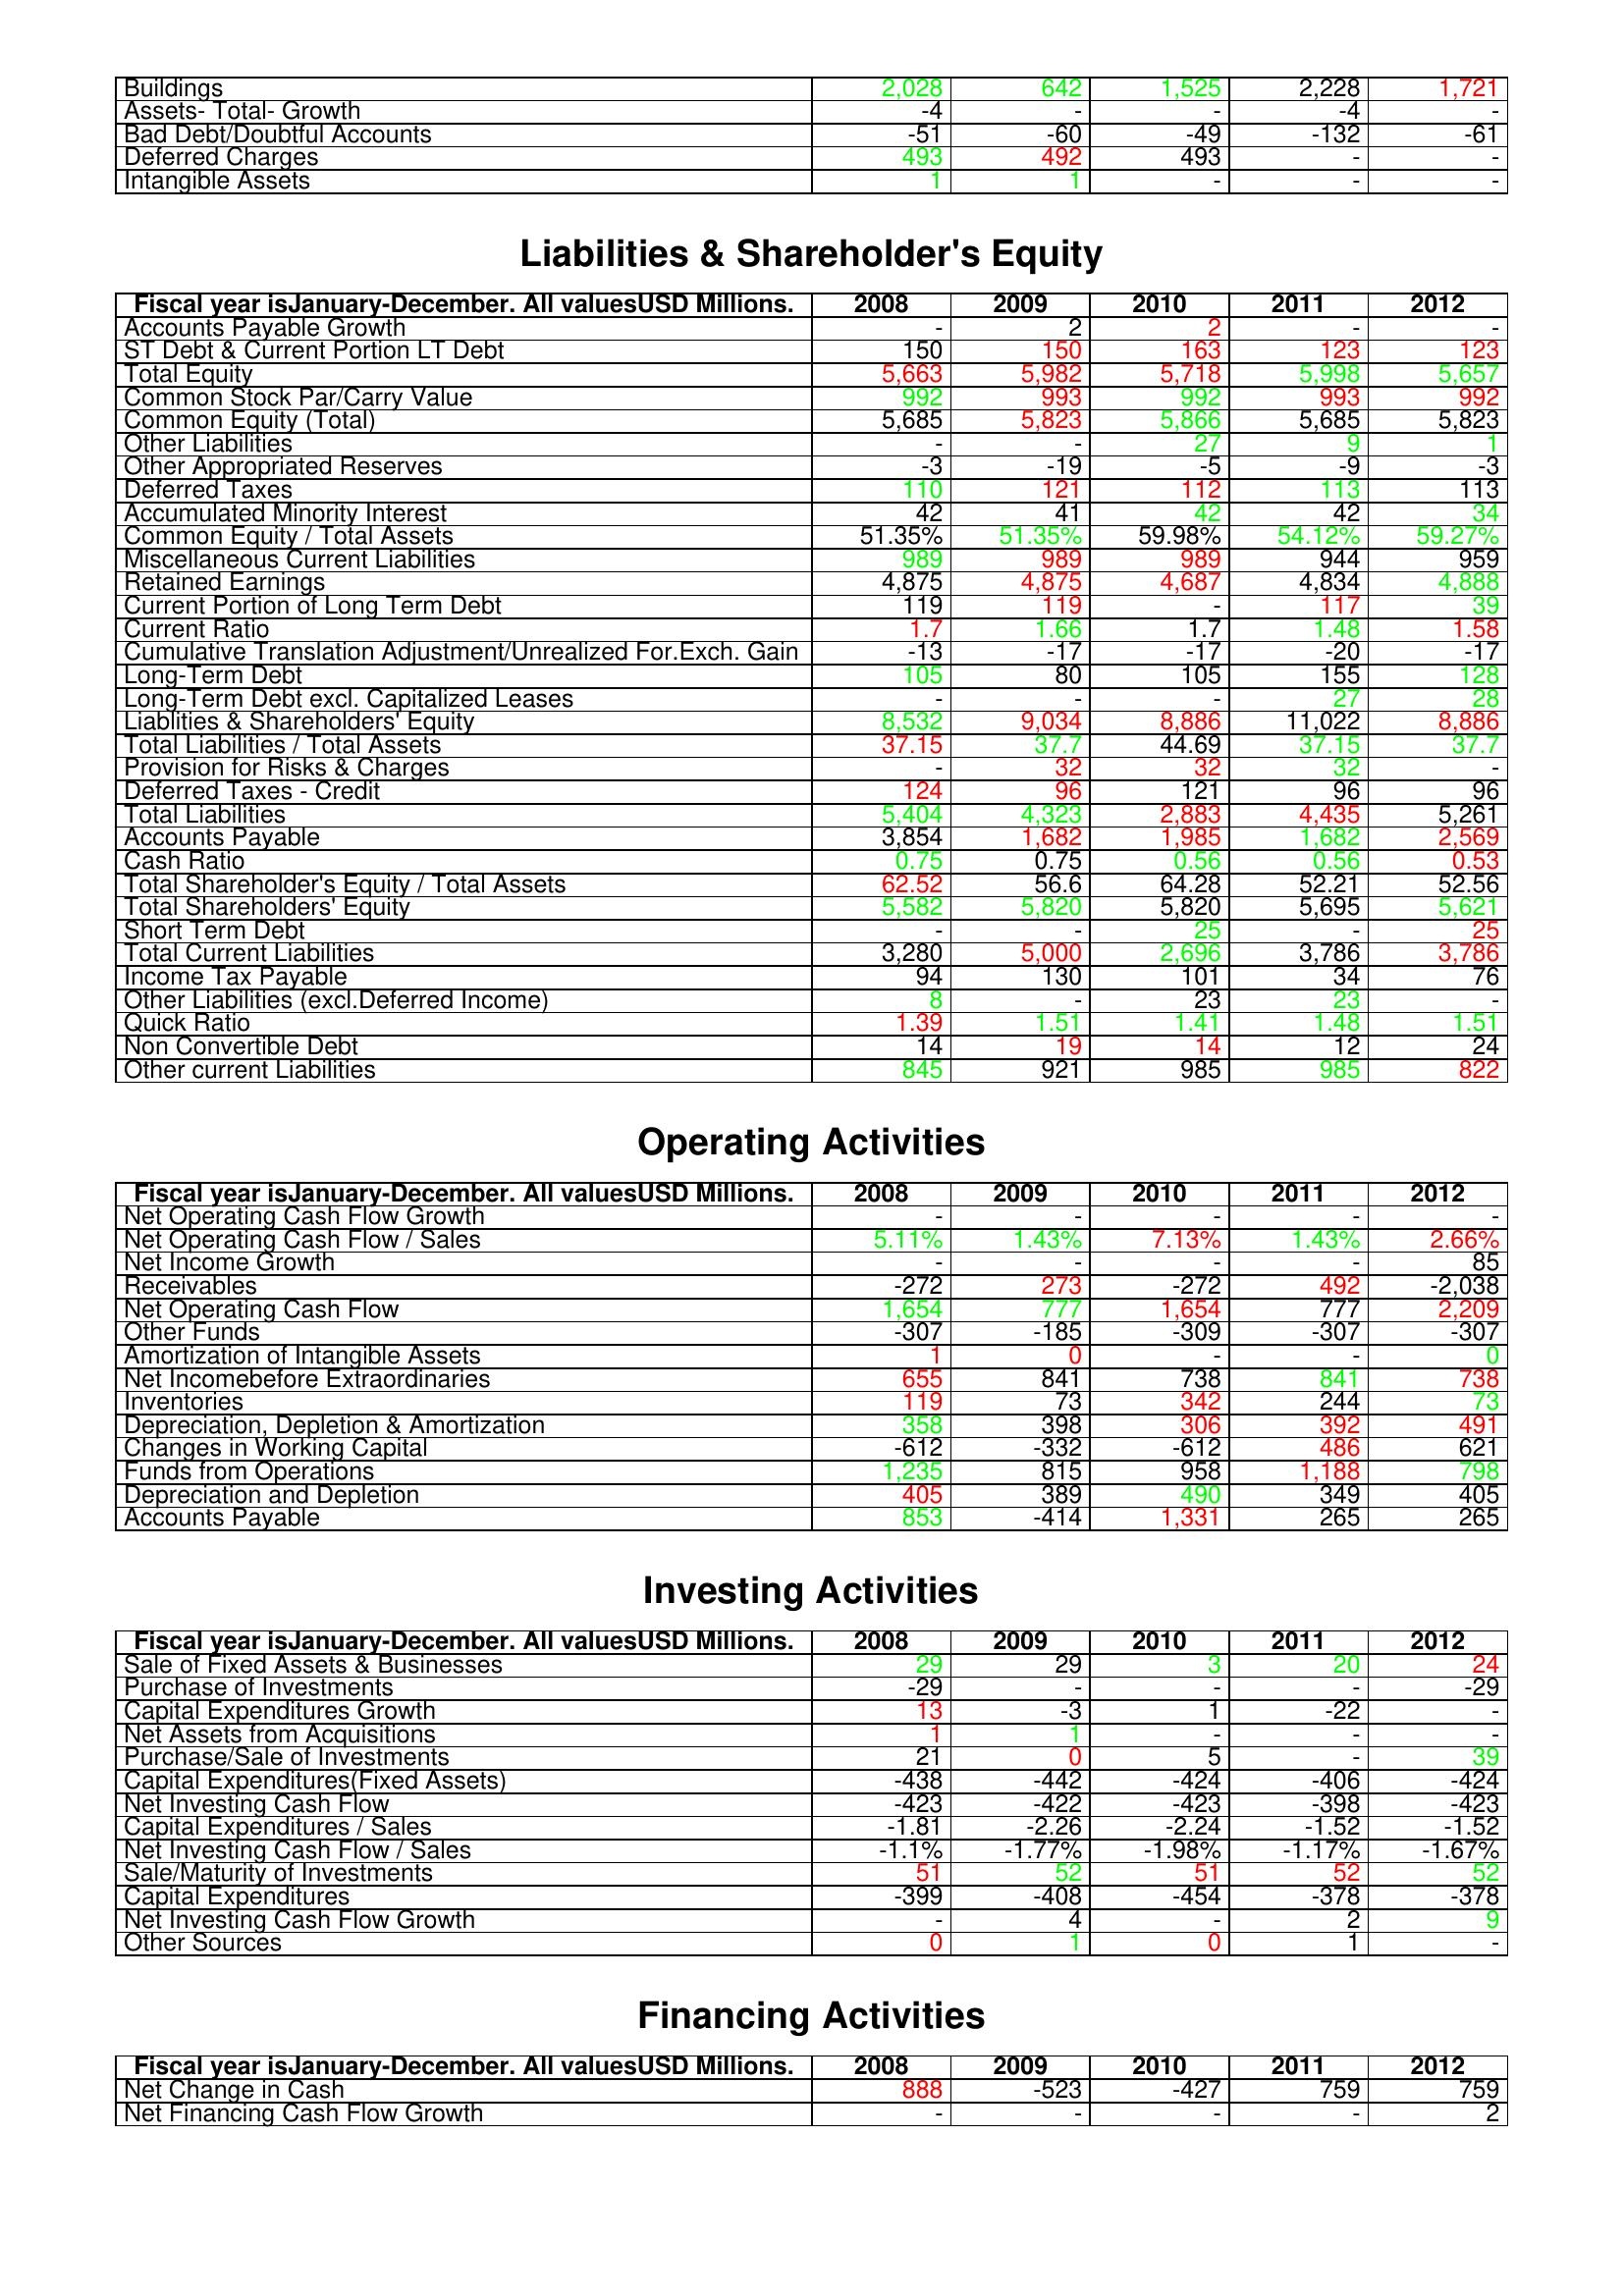
gt_parse: 2008: Assets: Buildings: 2,028
Assets- Total- Growth: -4
Bad Debt/Doubtful Accounts: -51
Deferred Charges: 493
Intangible Assets: 1
Liabilities & Shareholder's Equity: Accounts Payable Growth: -
ST Debt & Current Portion LT Debt: 150
Total Equity: 5,663
Common Stock Par/Carry Value: 992
Common Equity (Total): 5,685
Other Liabilities: -
Other Appropriated Reserves: -3
Deferred Taxes: 110
Accumulated Minority Interest: 42
Common Equity / Total Assets: 51.35%
Miscellaneous Current Liabilities: 989
Retained Earnings: 4,875
Current Portion of Long Term Debt: 119
Current Ratio: 1.7
Cumulative Translation Adjustment/Unrealized For.Exch. Gain: -13
Long-Term Debt: 105
Long-Term Debt excl. Capitalized Leases: -
Liablities & Shareholders' Equity: 8,532
Total Liabilities / Total Assets: 37.15
Provision for Risks & Charges: -
Deferred Taxes - Credit: 124
Total Liabilities: 5,404
Accounts Payable: 3,854
Cash Ratio: 0.75
Total Shareholder's Equity / Total Assets: 62.52
Total Shareholders' Equity: 5,582
Short Term Debt: -
Total Current Liabilities: 3,280
Income Tax Payable: 94
Other Liabilities (excl.Deferred Income): 8
Quick Ratio: 1.39
Non Convertible Debt: 14
Other current Liabilities: 845
Operating Activities: Net Operating Cash Flow Growth: -
Net Operating Cash Flow / Sales: 5.11%
Net Income Growth: -
Receivables: -272
Net Operating Cash Flow: 1,654
Other Funds: -307
Amortization of Intangible Assets: 1
Net Incomebefore Extraordinaries: 655
Inventories: 119
Depreciation, Depletion & Amortization: 358
Changes in Working Capital: -612
Funds from Operations: 1,235
Depreciation and Depletion: 405
Accounts Payable: 853
Investing Activities: Sale of Fixed Assets & Businesses: 29
Purchase of Investments: -29
Capital Expenditures Growth: 13
Net Assets from Acquisitions: 1
Purchase/Sale of Investments: 21
Capital Expenditures(Fixed Assets): -438
Net Investing Cash Flow: -423
Capital Expenditures / Sales: -1.81
Net Investing Cash Flow / Sales: -1.1%
Sale/Maturity of Investments: 51
Capital Expenditures: -399
Net Investing Cash Flow Growth: -
Other Sources: 0
Financing Activities: Net Change in Cash: 888
Net Financing Cash Flow Growth: -
2009: Assets: Buildings: 642
Assets- Total- Growth: -
Bad Debt/Doubtful Accounts: -60
Deferred Charges: 492
Intangible Assets: 1
Liabilities & Shareholder's Equity: Accounts Payable Growth: 2
ST Debt & Current Portion LT Debt: 150
Total Equity: 5,982
Common Stock Par/Carry Value: 993
Common Equity (Total): 5,823
Other Liabilities: -
Other Appropriated Reserves: -19
Deferred Taxes: 121
Accumulated Minority Interest: 41
Common Equity / Total Assets: 51.35%
Miscellaneous Current Liabilities: 989
Retained Earnings: 4,875
Current Portion of Long Term Debt: 119
Current Ratio: 1.66
Cumulative Translation Adjustment/Unrealized For.Exch. Gain: -17
Long-Term Debt: 80
Long-Term Debt excl. Capitalized Leases: -
Liablities & Shareholders' Equity: 9,034
Total Liabilities / Total Assets: 37.7
Provision for Risks & Charges: 32
Deferred Taxes - Credit: 96
Total Liabilities: 4,323
Accounts Payable: 1,682
Cash Ratio: 0.75
Total Shareholder's Equity / Total Assets: 56.6
Total Shareholders' Equity: 5,820
Short Term Debt: -
Total Current Liabilities: 5,000
Income Tax Payable: 130
Other Liabilities (excl.Deferred Income): -
Quick Ratio: 1.51
Non Convertible Debt: 19
Other current Liabilities: 921
Operating Activities: Net Operating Cash Flow Growth: -
Net Operating Cash Flow / Sales: 1.43%
Net Income Growth: -
Receivables: 273
Net Operating Cash Flow: 777
Other Funds: -185
Amortization of Intangible Assets: 0
Net Incomebefore Extraordinaries: 841
Inventories: 73
Depreciation, Depletion & Amortization: 398
Changes in Working Capital: -332
Funds from Operations: 815
Depreciation and Depletion: 389
Accounts Payable: -414
Investing Activities: Sale of Fixed Assets & Businesses: 29
Purchase of Investments: -
Capital Expenditures Growth: -3
Net Assets from Acquisitions: 1
Purchase/Sale of Investments: 0
Capital Expenditures(Fixed Assets): -442
Net Investing Cash Flow: -422
Capital Expenditures / Sales: -2.26
Net Investing Cash Flow / Sales: -1.77%
Sale/Maturity of Investments: 52
Capital Expenditures: -408
Net Investing Cash Flow Growth: 4
Other Sources: 1
Financing Activities: Net Change in Cash: -523
Net Financing Cash Flow Growth: -
2010: Assets: Buildings: 1,525
Assets- Total- Growth: -
Bad Debt/Doubtful Accounts: -49
Deferred Charges: 493
Intangible Assets: -
Liabilities & Shareholder's Equity: Accounts Payable Growth: 2
ST Debt & Current Portion LT Debt: 163
Total Equity: 5,718
Common Stock Par/Carry Value: 992
Common Equity (Total): 5,866
Other Liabilities: 27
Other Appropriated Reserves: -5
Deferred Taxes: 112
Accumulated Minority Interest: 42
Common Equity / Total Assets: 59.98%
Miscellaneous Current Liabilities: 989
Retained Earnings: 4,687
Current Portion of Long Term Debt: -
Current Ratio: 1.7
Cumulative Translation Adjustment/Unrealized For.Exch. Gain: -17
Long-Term Debt: 105
Long-Term Debt excl. Capitalized Leases: -
Liablities & Shareholders' Equity: 8,886
Total Liabilities / Total Assets: 44.69
Provision for Risks & Charges: 32
Deferred Taxes - Credit: 121
Total Liabilities: 2,883
Accounts Payable: 1,985
Cash Ratio: 0.56
Total Shareholder's Equity / Total Assets: 64.28
Total Shareholders' Equity: 5,820
Short Term Debt: 25
Total Current Liabilities: 2,696
Income Tax Payable: 101
Other Liabilities (excl.Deferred Income): 23
Quick Ratio: 1.41
Non Convertible Debt: 14
Other current Liabilities: 985
Operating Activities: Net Operating Cash Flow Growth: -
Net Operating Cash Flow / Sales: 7.13%
Net Income Growth: -
Receivables: -272
Net Operating Cash Flow: 1,654
Other Funds: -309
Amortization of Intangible Assets: -
Net Incomebefore Extraordinaries: 738
Inventories: 342
Depreciation, Depletion & Amortization: 306
Changes in Working Capital: -612
Funds from Operations: 958
Depreciation and Depletion: 490
Accounts Payable: 1,331
Investing Activities: Sale of Fixed Assets & Businesses: 3
Purchase of Investments: -
Capital Expenditures Growth: 1
Net Assets from Acquisitions: -
Purchase/Sale of Investments: 5
Capital Expenditures(Fixed Assets): -424
Net Investing Cash Flow: -423
Capital Expenditures / Sales: -2.24
Net Investing Cash Flow / Sales: -1.98%
Sale/Maturity of Investments: 51
Capital Expenditures: -454
Net Investing Cash Flow Growth: -
Other Sources: 0
Financing Activities: Net Change in Cash: -427
Net Financing Cash Flow Growth: -
2011: Assets: Buildings: 2,228
Assets- Total- Growth: -4
Bad Debt/Doubtful Accounts: -132
Deferred Charges: -
Intangible Assets: -
Liabilities & Shareholder's Equity: Accounts Payable Growth: -
ST Debt & Current Portion LT Debt: 123
Total Equity: 5,998
Common Stock Par/Carry Value: 993
Common Equity (Total): 5,685
Other Liabilities: 9
Other Appropriated Reserves: -9
Deferred Taxes: 113
Accumulated Minority Interest: 42
Common Equity / Total Assets: 54.12%
Miscellaneous Current Liabilities: 944
Retained Earnings: 4,834
Current Portion of Long Term Debt: 117
Current Ratio: 1.48
Cumulative Translation Adjustment/Unrealized For.Exch. Gain: -20
Long-Term Debt: 155
Long-Term Debt excl. Capitalized Leases: 27
Liablities & Shareholders' Equity: 11,022
Total Liabilities / Total Assets: 37.15
Provision for Risks & Charges: 32
Deferred Taxes - Credit: 96
Total Liabilities: 4,435
Accounts Payable: 1,682
Cash Ratio: 0.56
Total Shareholder's Equity / Total Assets: 52.21
Total Shareholders' Equity: 5,695
Short Term Debt: -
Total Current Liabilities: 3,786
Income Tax Payable: 34
Other Liabilities (excl.Deferred Income): 23
Quick Ratio: 1.48
Non Convertible Debt: 12
Other current Liabilities: 985
Operating Activities: Net Operating Cash Flow Growth: -
Net Operating Cash Flow / Sales: 1.43%
Net Income Growth: -
Receivables: 492
Net Operating Cash Flow: 777
Other Funds: -307
Amortization of Intangible Assets: -
Net Incomebefore Extraordinaries: 841
Inventories: 244
Depreciation, Depletion & Amortization: 392
Changes in Working Capital: 486
Funds from Operations: 1,188
Depreciation and Depletion: 349
Accounts Payable: 265
Investing Activities: Sale of Fixed Assets & Businesses: 20
Purchase of Investments: -
Capital Expenditures Growth: -22
Net Assets from Acquisitions: -
Purchase/Sale of Investments: -
Capital Expenditures(Fixed Assets): -406
Net Investing Cash Flow: -398
Capital Expenditures / Sales: -1.52
Net Investing Cash Flow / Sales: -1.17%
Sale/Maturity of Investments: 52
Capital Expenditures: -378
Net Investing Cash Flow Growth: 2
Other Sources: 1
Financing Activities: Net Change in Cash: 759
Net Financing Cash Flow Growth: -
2012: Assets: Buildings: 1,721
Assets- Total- Growth: -
Bad Debt/Doubtful Accounts: -61
Deferred Charges: -
Intangible Assets: -
Liabilities & Shareholder's Equity: Accounts Payable Growth: -
ST Debt & Current Portion LT Debt: 123
Total Equity: 5,657
Common Stock Par/Carry Value: 992
Common Equity (Total): 5,823
Other Liabilities: 1
Other Appropriated Reserves: -3
Deferred Taxes: 113
Accumulated Minority Interest: 34
Common Equity / Total Assets: 59.27%
Miscellaneous Current Liabilities: 959
Retained Earnings: 4,888
Current Portion of Long Term Debt: 39
Current Ratio: 1.58
Cumulative Translation Adjustment/Unrealized For.Exch. Gain: -17
Long-Term Debt: 128
Long-Term Debt excl. Capitalized Leases: 28
Liablities & Shareholders' Equity: 8,886
Total Liabilities / Total Assets: 37.7
Provision for Risks & Charges: -
Deferred Taxes - Credit: 96
Total Liabilities: 5,261
Accounts Payable: 2,569
Cash Ratio: 0.53
Total Shareholder's Equity / Total Assets: 52.56
Total Shareholders' Equity: 5,621
Short Term Debt: 25
Total Current Liabilities: 3,786
Income Tax Payable: 76
Other Liabilities (excl.Deferred Income): -
Quick Ratio: 1.51
Non Convertible Debt: 24
Other current Liabilities: 822
Operating Activities: Net Operating Cash Flow Growth: -
Net Operating Cash Flow / Sales: 2.66%
Net Income Growth: 85
Receivables: -2,038
Net Operating Cash Flow: 2,209
Other Funds: -307
Amortization of Intangible Assets: 0
Net Incomebefore Extraordinaries: 738
Inventories: 73
Depreciation, Depletion & Amortization: 491
Changes in Working Capital: 621
Funds from Operations: 798
Depreciation and Depletion: 405
Accounts Payable: 265
Investing Activities: Sale of Fixed Assets & Businesses: 24
Purchase of Investments: -29
Capital Expenditures Growth: -
Net Assets from Acquisitions: -
Purchase/Sale of Investments: 39
Capital Expenditures(Fixed Assets): -424
Net Investing Cash Flow: -423
Capital Expenditures / Sales: -1.52
Net Investing Cash Flow / Sales: -1.67%
Sale/Maturity of Investments: 52
Capital Expenditures: -378
Net Investing Cash Flow Growth: 9
Other Sources: -
Financing Activities: Net Change in Cash: 759
Net Financing Cash Flow Growth: 2